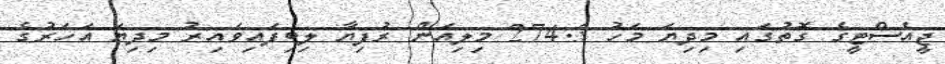
ޖީއެސްޓީގެ ގޮތުގައި މިދިޔަ މަހު 274.3 މިލިއަން ރުފިޔާ ލިބިފައިވައިރު މިދިޔަ އަހަރުގެ